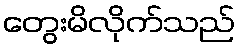
တွေးမိလိုက်သည်